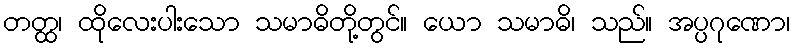
တတ္ထ၊ ထိုလေးပါးသော သမာဓိတို့တွင်။ ယော သမာဓိ၊ သည်။ အပ္ပဂုဏော၊